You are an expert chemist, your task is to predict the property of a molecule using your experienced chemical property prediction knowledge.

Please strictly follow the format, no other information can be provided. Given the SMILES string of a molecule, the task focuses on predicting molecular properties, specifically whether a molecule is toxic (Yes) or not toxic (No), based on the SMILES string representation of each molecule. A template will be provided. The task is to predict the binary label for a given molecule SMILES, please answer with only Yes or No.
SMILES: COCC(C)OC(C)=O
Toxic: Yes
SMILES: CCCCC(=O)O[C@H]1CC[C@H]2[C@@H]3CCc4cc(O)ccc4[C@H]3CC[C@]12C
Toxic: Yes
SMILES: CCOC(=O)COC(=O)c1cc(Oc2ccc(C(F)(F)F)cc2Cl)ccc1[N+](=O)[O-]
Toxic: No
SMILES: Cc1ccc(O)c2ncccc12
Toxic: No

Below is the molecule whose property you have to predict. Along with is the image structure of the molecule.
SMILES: CCCCCCOC(=O)c1ccccc1
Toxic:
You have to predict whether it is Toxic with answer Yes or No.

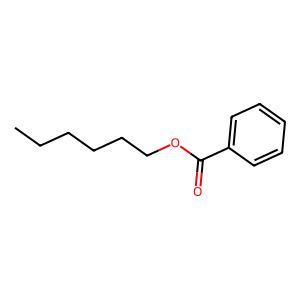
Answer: No